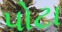
પોટા